Scottish Leaving Certificate Examination, 1959
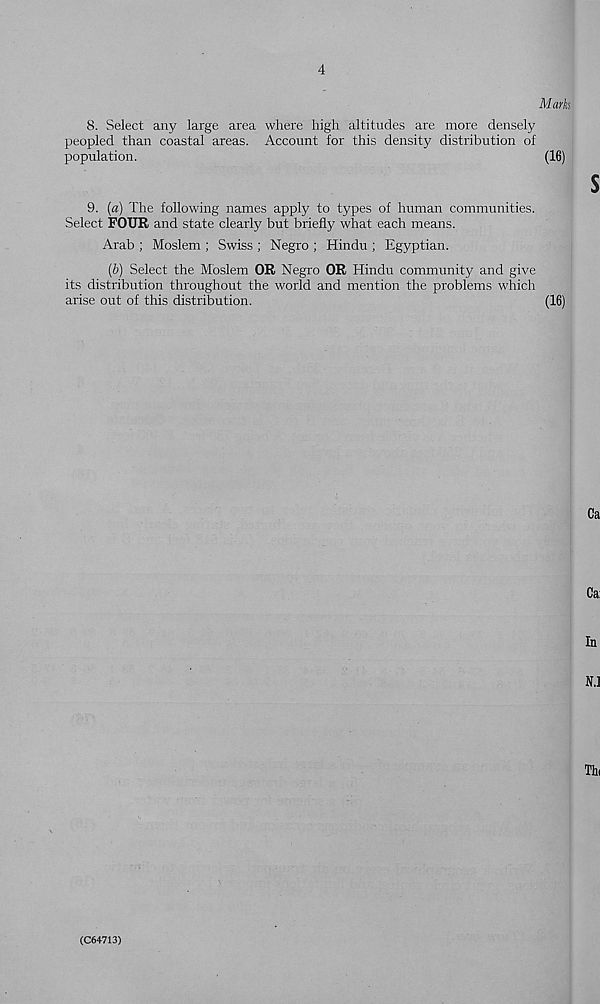
4
Marks
8. Select any large area where high altitudes are more densely
peopled than coastal areas. Account for this density distribution of
population.
(16)
9. (a) The following names apply to types of human communities.
Select FOUR and state clearly but briefly what each means.
Arab ; Moslem ; Swiss ; Negro ; Hindu ; Egyptian.
(b) Select the Moslem OR Negro OR Hindu community and give
its distribution throughout the world and mention the problems which
arise out of this distribution.
(16)
(C64713)